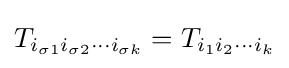
T_{i_{\sigma 1}i_{\sigma 2}\cdots i_{\sigma k}}=T_{i_{1}i_{2}\cdots i_{k}}